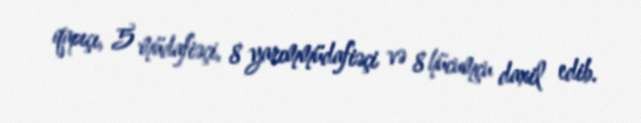
qapıçı, 5 müdafiəçi, 8 yarımmüdafiəçi və 8 hücumçu daxil edib.